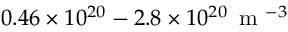
0 . 4 6 \times 1 0 ^ { 2 0 } - 2 . 8 \times 1 0 ^ { 2 0 } \, \mathrm { ~ m ~ } ^ { - 3 }